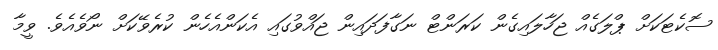
ސޮކެޓަކަށް ޕްލަގެއް ޖަހާލައިގެން ކަރަންޓް ނަގާފަދައިން ޖައްވުގައި އެކަންއެހެން ކުރެވޭކަށް ނޯވެއެވެ. ވީމާ